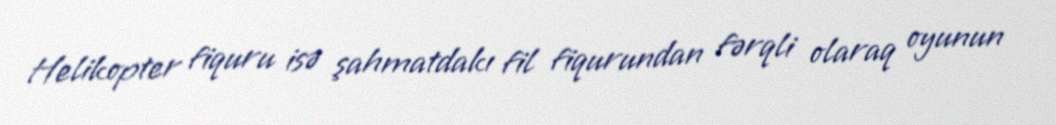
Helikopter fiquru isə şahmatdakı fil fiqurundan fərqli olaraq oyunun